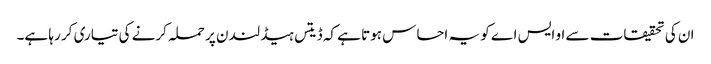
ان کی تحقیقات سے او ایس اے کو یہ احساس ہوتا ہے کہ ڈیتس ہیڈ لندن پر حملہ کرنے کی تیاری کر رہا ہے۔